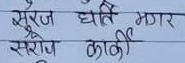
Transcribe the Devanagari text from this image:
सूरज घाति मगर
सरोज काकी